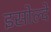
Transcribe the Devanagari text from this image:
इसोल्दे